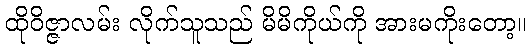
ထိုဝိဇ္ဇာလမ်း လိုက်သူသည် မိမိကိုယ်ကို အားမကိုးတော့။